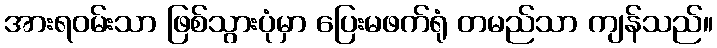
အားရဝမ်းသာ ဖြစ်သွားပုံမှာ ပြေးမဖက်ရုံ တမည်သာ ကျန်သည်။